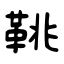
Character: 鞉